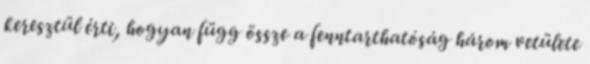
keresztül érti, hogyan függ össze a fenntarthatóság három vetülete